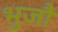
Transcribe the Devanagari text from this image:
भुजौ